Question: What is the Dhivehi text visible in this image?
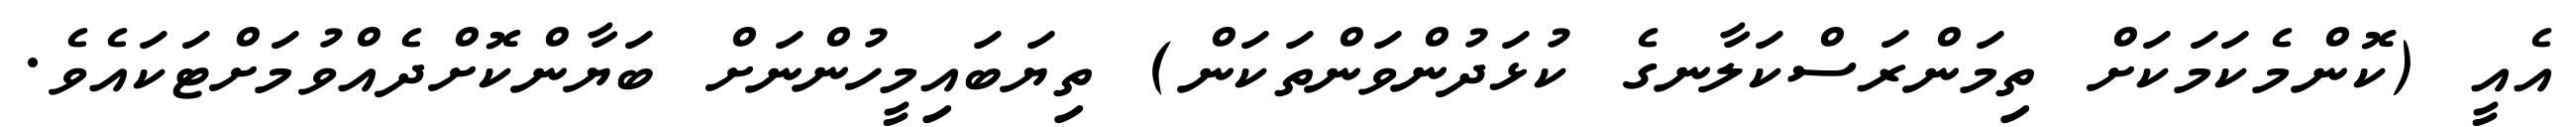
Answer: އެއީ (ކޮންމެކަމަކަށް ތިމަންރަސްކަލާނގެ ކުޅަދުންވަންތަކަން) ތިޔަބައިމީހުންނަށް ބަޔާންކޮށްދެއްވުމަށްޓަކައެވެ.